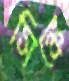
সিঙ্কে